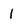
Character: l